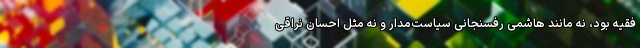
فقیه بود، نه مانند هاشمی رفسنجانی سیاست‌مدار و نه مثل احسان نراقی